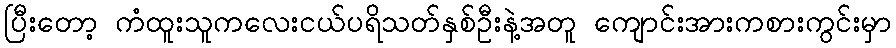
ပြီးတော့ ကံထူးသူကလေးငယ်ပရိသတ်နှစ်ဦးနဲ့အတူ ကျောင်းအားကစားကွင်းမှာ